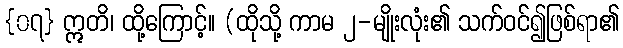
{၀၇} ဣတိ၊ ထို့ကြောင့်။ (ထိုသို့ ကာမ ၂-မျိုးလုံး၏ သက်ဝင်၍ဖြစ်ရာ၏